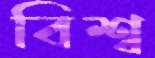
বিশ্ব